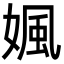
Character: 㜄